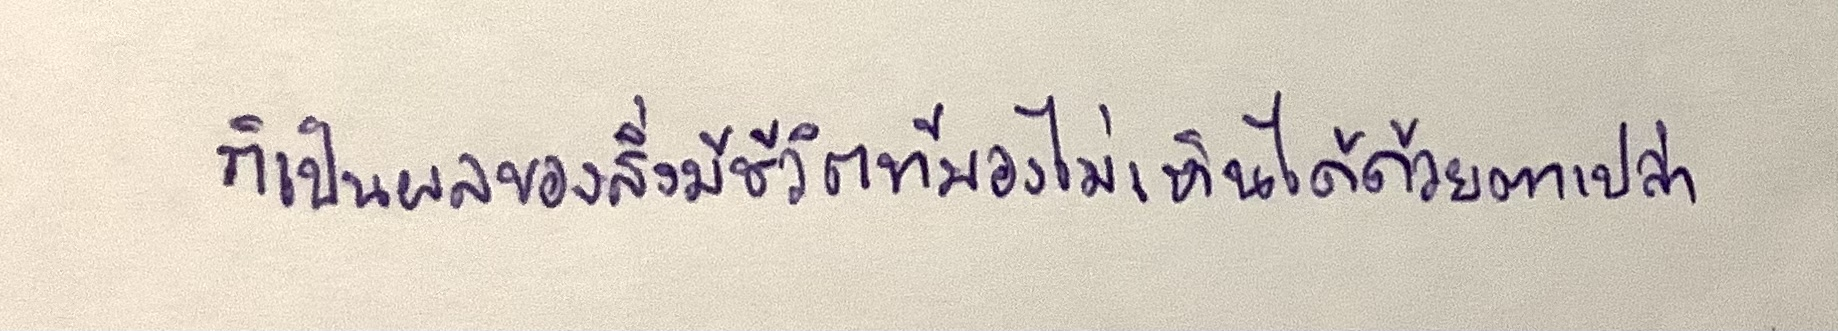
ก็เป็นผลของสิ่งมีชีวิตที่มองไม่เห็นได้ด้วยตาเปล่า